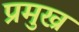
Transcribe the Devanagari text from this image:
प्रमुख्र